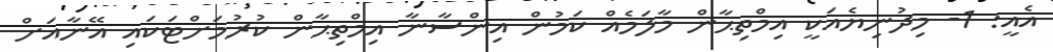
އެއީ: 1- މިދުނިޔެއަކީ އިމްތިޙާން މާލަމެއް ކަމުން އިންސާނާ އިމްތިޙާން ކުރުމަށްޓަކައި އޭނާއަށް